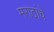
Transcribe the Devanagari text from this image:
मराठांचे